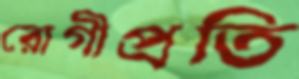
রোগীপ্রতি